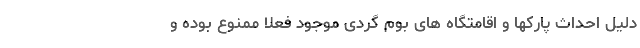
دلیل احداث پارکها و اقامتگاه های بوم گردی موجود فعلا ممنوع بوده و